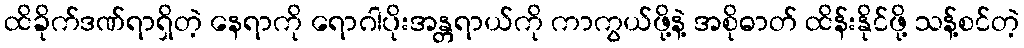
ထိခိုက်ဒဏ်ရာရှိတဲ့ နေရာကို ရောဂါပိုးအန္တရာယ်ကို ကာကွယ်ဖို့နဲ့ အစိုဓာတ် ထိန်းနိုင်ဖို့ သန့်စင်တဲ့